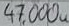
Text: 47,000u